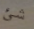
شئ